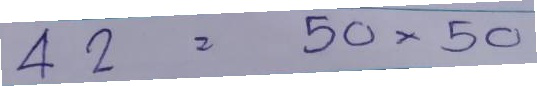
42 = 50x50